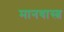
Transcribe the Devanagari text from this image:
मानवास्त्र